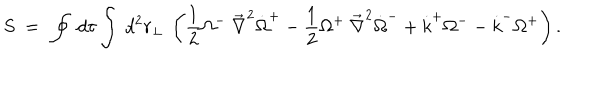
S ~ = ~ \oint ~ d \tau \int ~ d ^ { 2 } r _ { \perp } ~ \left( { \frac { 1 } { 2 } } { \Omega } ^ { - } ~ { \vec { \nabla } } ^ { 2 } { \dot { \Omega } } ^ { + } - { \frac { 1 } { 2 } } { \Omega } ^ { + } ~ { \vec { \nabla } } ^ { 2 } { \dot { \Omega } } ^ { - } + { \dot { k } } ^ { + } { \Omega } ^ { - } - { \dot { k } } ^ { - } { \Omega } ^ { + } \right) .